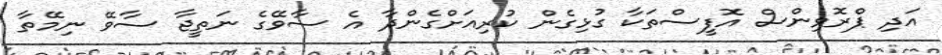
އަދި ޕްރޮވިންސް އޮފީސްތަކާ ގުޅިގެން ކުރިއަށްގެންދާ އެ ސާވޭގެ ނަތީޖާ ސާވޭ ނިމޭތާ